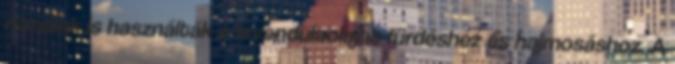
rómaiak is használták a levendulaolajat fürdéshez és hajmosáshoz. A